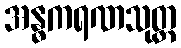
အန္ဓကရဏသုတ္တ